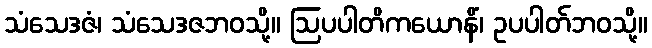
သံသေဒဇံ၊ သံသေဒဇဘဝသို့။ ဩပပါတိကယောနိံ၊ ဥပပါတ်ဘဝသို့။